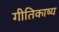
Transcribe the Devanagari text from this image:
गीतिकाष्य